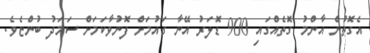
އެގޮތުން އާންމު ގޮތެއްގައި 900 ޑޮލަރު އޭނާ ގައުމަށް ފޮނުވާކަމަށް ސަމަދު ބުންޏެވެ.